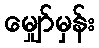
မျှော်မှန်း